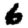
Digit: 6